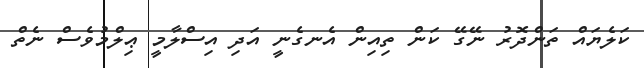
ކަލެޔައް ތަންދޮރު ނޭގޭ ކަން ތިއިން އެނގެނީ އަދި އިސްލާމީ ޢިލްމުވެސް ނެތް